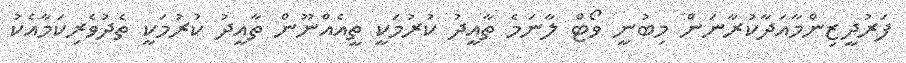
ފަރުދީޒިންމާއަދާކުރާނަން މިބުނީ ވޯޓް ލާނަމެ ތާއީދު ކުރުމަކީ ތީއެއްނޫން ތާއީދު ކުރުމަކީ ތެދުވެރިކަމާއެކު